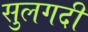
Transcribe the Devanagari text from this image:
सुलगदी